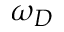
\omega _ { D }